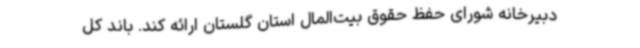
دبیرخانه شورای حفظ حقوق بیت‌المال استان گلستان ارائه کند. باند کل